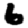
Digit: 6